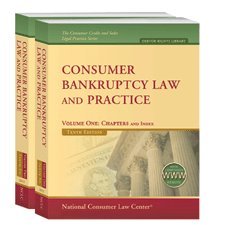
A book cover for Consumer Bankruptcy Law and Practice 2012: Includes Website; Henry J. Sommer; Law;